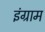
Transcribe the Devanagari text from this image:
इंग्राम